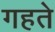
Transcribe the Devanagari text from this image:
गहते